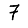
Digit: 7